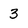
Character: 3